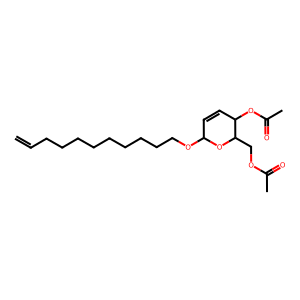
SMILES: C=CCCCCCCCCCOC1C=CC(OC(C)=O)C(COC(C)=O)O1
Inhibits HIV replication: No